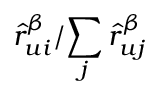
{ \hat { r } _ { u i } ^ { \beta } } / { \sum _ { j } \hat { r } _ { u j } ^ { \beta } }